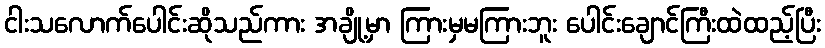
ငါးသလောက်ပေါင်းဆိုသည်ကား အချို့မှာ ကြားမှမကြားဘူး ပေါင်းချောင်ကြီးထဲထည့်ပြီး